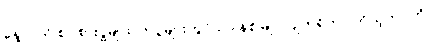
နေ့လယ် စာ စားပွဲများ၊ ကပွဲများတွင်သာ နစ်မြုပ်လျက်ရှိကာ ကိုယ့်ဘဝကို